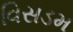
વિસડમ